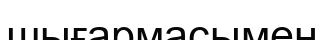
шығармасымен